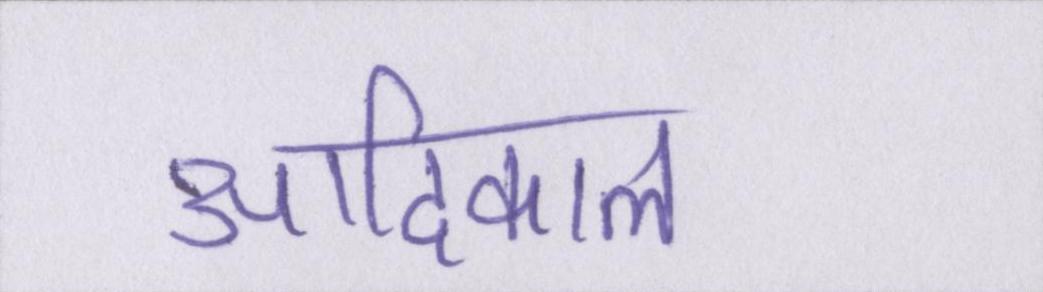
आदिकाल